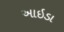
આઇડા